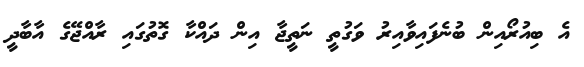
އެ ބިއުރޯއިން ބުނެފައިވާއިރު ވަގުތީ ނަތީޖާ އިން ދައްކާ ގޮތުގައި ރާއްޖޭގެ އާބާދީ